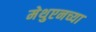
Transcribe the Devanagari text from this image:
मेथुएनच्या